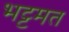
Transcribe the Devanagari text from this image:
भट्टमत